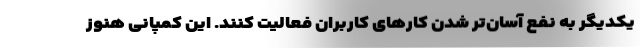
یکدیگر به نفع آسان‌تر شدن کارهای کاربران فعالیت کنند. این کمپانی هنوز